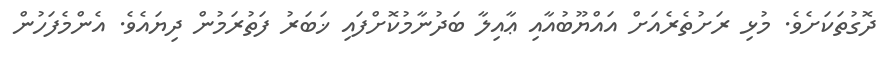
ދޮގުތަކަށެވެ. މުޅި ރަށުތެރެއަށް އައްޔޫބުއާއި ޢާއިލާ ބަދުނާމުކޮށްފައި ޚަބަރު ފަތުރަމުން ދިޔައެވެ. އެންމެފަހުން